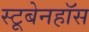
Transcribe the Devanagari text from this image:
स्टूबेनहॉस